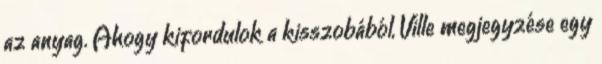
az anyag. Ahogy kifordulok a kisszobából, Ville megjegyzése egy